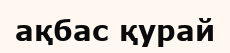
ақбас қурай